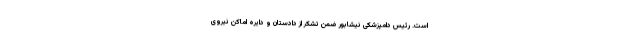
است. رئیس دامپزشکی نیشابور ضمن تشکر از دادستان و دایره اماکن نیروی